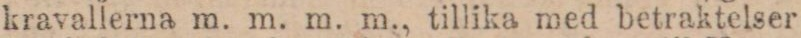
kravallerna m. m. m. m., tillika med betraktelser